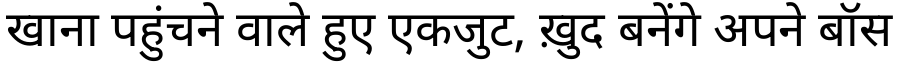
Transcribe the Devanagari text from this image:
खाना पहुंचने वाले हुए एकजुट, ख़ुद बनेंगे अपने बॉस